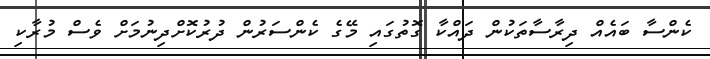
ކެންސާ ބައެއް ދިރާސާތަކުން ދައްކާ ގޮތުގައި މޭގެ ކެންސަރުން ދުރުކޮށްދިނުމަށް ވެސް މުރާކި